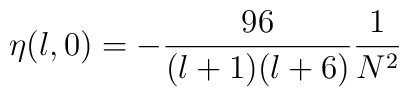
\eta(l,0) = -\frac{96}{(l+1)(l+6)}\frac{1}{N^2}